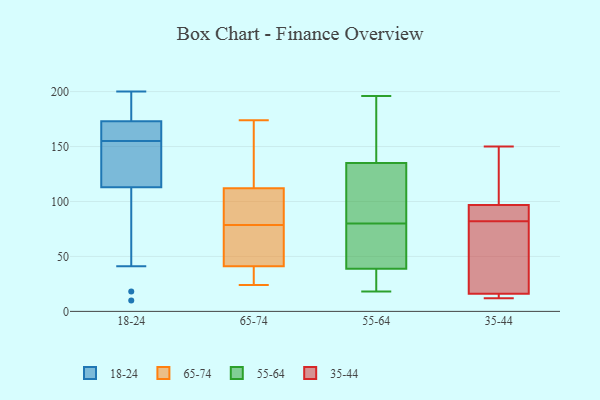
{"axis": {"x": "Population (Million)", "y": "Value"}, "legend": ["18-24", "35-44", "55-64", "65-74"], "data": [{"x": "", "y": 135, "type": "18-24"}, {"x": "", "y": 155, "type": "18-24"}, {"x": "", "y": 179, "type": "18-24"}, {"x": "", "y": 18, "type": "18-24"}, {"x": "", "y": 118, "type": "18-24"}, {"x": "", "y": 41, "type": "18-24"}, {"x": "", "y": 10, "type": "18-24"}, {"x": "", "y": 163, "type": "18-24"}, {"x": "", "y": 200, "type": "18-24"}, {"x": "", "y": 163, "type": "18-24"}, {"x": "", "y": 171, "type": "18-24"}, {"x": "", "y": 179, "type": "18-24"}, {"x": "", "y": 125, "type": "18-24"}, {"x": "", "y": 160, "type": "18-24"}, {"x": "", "y": 181, "type": "18-24"}, {"x": "", "y": 117, "type": "18-24"}, {"x": "", "y": 101, "type": "18-24"}, {"x": "", "y": 174, "type": "65-74"}, {"x": "", "y": 24, "type": "65-74"}, {"x": "", "y": 30, "type": "65-74"}, {"x": "", "y": 41, "type": "65-74"}, {"x": "", "y": 112, "type": "65-74"}, {"x": "", "y": 118, "type": "65-74"}, {"x": "", "y": 90, "type": "65-74"}, {"x": "", "y": 102, "type": "65-74"}, {"x": "", "y": 48, "type": "65-74"}, {"x": "", "y": 67, "type": "65-74"}, {"x": "", "y": 44, "type": "55-64"}, {"x": "", "y": 196, "type": "55-64"}, {"x": "", "y": 88, "type": "55-64"}, {"x": "", "y": 114, "type": "55-64"}, {"x": "", "y": 19, "type": "55-64"}, {"x": "", "y": 66, "type": "55-64"}, {"x": "", "y": 159, "type": "55-64"}, {"x": "", "y": 18, "type": "55-64"}, {"x": "", "y": 153, "type": "55-64"}, {"x": "", "y": 96, "type": "55-64"}, {"x": "", "y": 102, "type": "55-64"}, {"x": "", "y": 80, "type": "55-64"}, {"x": "", "y": 30, "type": "55-64"}, {"x": "", "y": 69, "type": "55-64"}, {"x": "", "y": 63, "type": "55-64"}, {"x": "", "y": 160, "type": "55-64"}, {"x": "", "y": 37, "type": "55-64"}, {"x": "", "y": 142, "type": "55-64"}, {"x": "", "y": 21, "type": "55-64"}, {"x": "", "y": 93, "type": "35-44"}, {"x": "", "y": 13, "type": "35-44"}, {"x": "", "y": 13, "type": "35-44"}, {"x": "", "y": 103, "type": "35-44"}, {"x": "", "y": 36, "type": "35-44"}, {"x": "", "y": 150, "type": "35-44"}, {"x": "", "y": 82, "type": "35-44"}, {"x": "", "y": 12, "type": "35-44"}, {"x": "", "y": 92, "type": "35-44"}, {"x": "", "y": 25, "type": "35-44"}, {"x": "", "y": 98, "type": "35-44"}]}